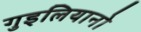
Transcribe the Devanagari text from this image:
गुइलियानो